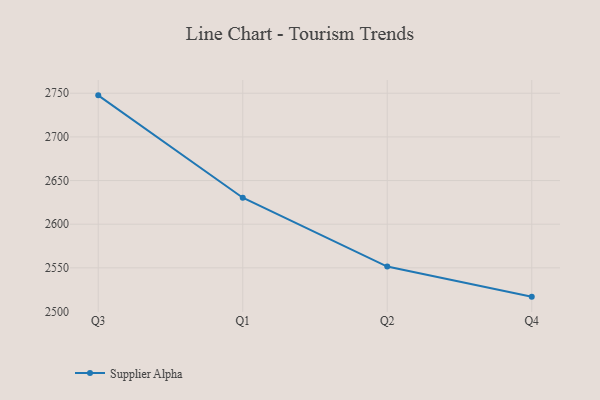
{"axis": {"x": "Quarter", "y": "Tickets Resolved"}, "legend": ["Supplier Alpha"], "data": [{"x": "Q3", "y": 2747.6, "type": "Supplier Alpha"}, {"x": "Q1", "y": 2630.3, "type": "Supplier Alpha"}, {"x": "Q2", "y": 2551.5, "type": "Supplier Alpha"}, {"x": "Q4", "y": 2517.0, "type": "Supplier Alpha"}]}